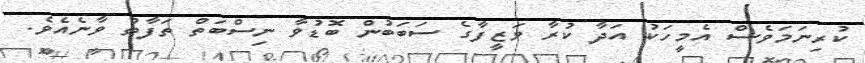
ކުރިނަމަވެސް އެމީހަކު އަދާ ކުރާ ވަޒީފާގެ ސަބަބުން ބޮޑުވާ ނިސްބަތް ތަފާތު ވާނެއެވެ.